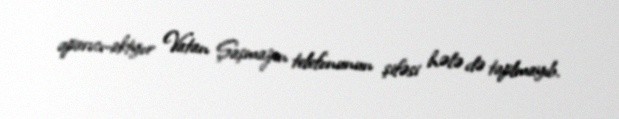
aparıcı-aktyor Vatan Şaşmazın telefonunun şifəsi hələ də taplmayıb.